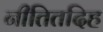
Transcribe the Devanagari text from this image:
नीतितदिह